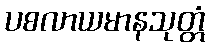
ပစလာယမာနသုတ္တံ